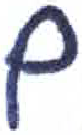
אות: ם